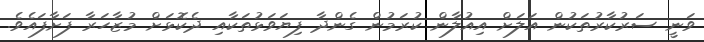
ވަނީ ސަރުކާރުތަކުން އަލަށް އިއުލާން ކުރަމުން ގެންދާ ފިޔަވަޅުތަކާއި ދެކޮޅަށް މުޒާހަރާ ފަށާފައެވެ.